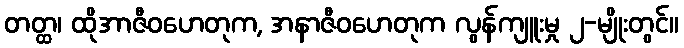
တတ္ထ၊ ထိုအာဇီဝဟေတုက, အနာဇီဝဟေတုက လွန်ကျူးမှု ၂-မျိုးတွင်။